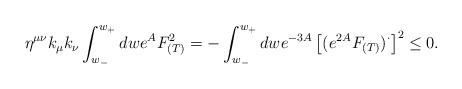
LaTeX: \begin{align*}\eta^{\mu\nu}k_{\mu}k_{\nu}\int_{w_-}^{w_+}dwe^AF_{(T)}^2 = -\int_{w_-}^{w_+}dw e^{-3A}\left[(e^{2A}F_{(T)})^{\cdot}\right]^2 \leq 0.\end{align*}